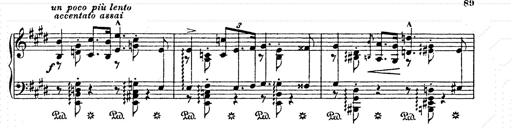
Title: AnnÃ©es de pÃ¨lerinage II
Composer: Franz Liszt